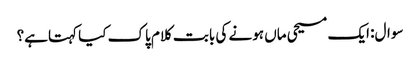
سوال: ایک مسیحی ماں ہونے کی بابت کلام پاک کیا کہتاہے؟